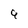
Character: 9